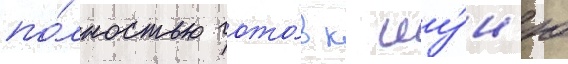
по́лностью гото́в к иу́н'ю